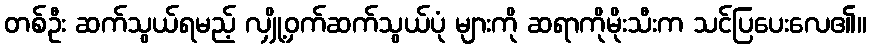
တစ်ဦး ဆက်သွယ်ရမည့် လျှို့ဝှက်ဆက်သွယ်ပုံ များကို ဆရာကိုမိုးသီးက သင်ပြပေးလေ၏။